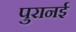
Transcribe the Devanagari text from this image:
पुरानई